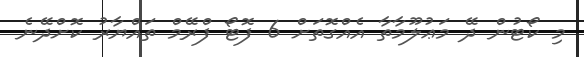
މި ކޯޓުން ދޭ މަޢުލޫމާތާ އެއްގޮތަށް 6 ފޮޓޯ ފްރޭމް ތައްޔާރު ކޮށްދޭނެ